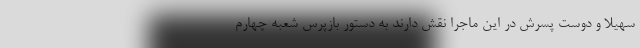
سهیلا و دوست پسرش در این ماجرا نقش دارند به دستور بازپرس شعبه چهارم